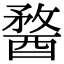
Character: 𨡭